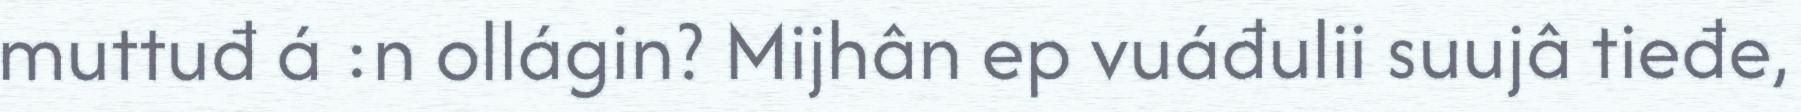
muttuđ á :n ollágin? Mijhân ep vuáđulii suujâ tieđe,